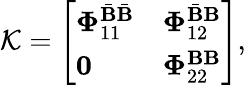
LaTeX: \mathcal{K}=\left[\begin{array}{ll}{\boldsymbol{\Phi}_{11}^{\bar{\mathbf{B}}\bar{\mathbf{B}}}}&{\boldsymbol{\Phi}_{12}^{\bar{\mathbf{B}}\mathbf{B}}}\\ {\mathbf{0}}&{\boldsymbol{\Phi}_{22}^{\mathbf{B}\mathbf{B}}}\end{array}\right],